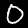
Label: 0